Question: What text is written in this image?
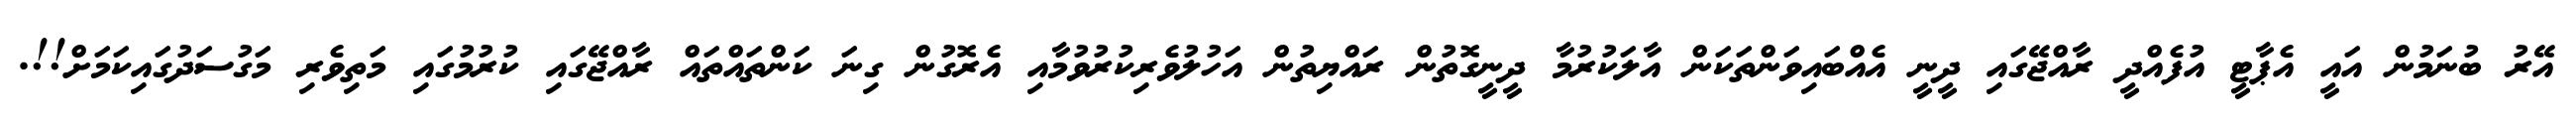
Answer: އޭރު ބުނަމުން އައީ އެޕާޓީ އުފެއްދީ ރާއްޖޭގައި ދީނީ އެއްބައިވަންތަކަން އާލަކުރުމާ ދީނީގޮތުން ރައްޔިތުން އަހުލުވެރިކުރުވުމާއި އެރޮގުން ގިނަ ކަންތައްތައް ރާއްޖޭގައި ކުރުމުގައި މަތިވެރި މަގުސަދުގައިކަމަށް!!.